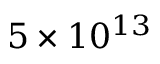
5 \times 1 0 ^ { 1 3 }